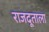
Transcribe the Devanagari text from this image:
राजदूताला